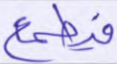
فيطمع